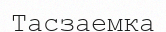
Тасзаемка